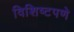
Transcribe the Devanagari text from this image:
विशिष्टपणे